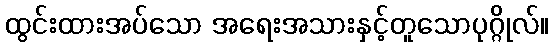
ထွင်းထားအပ်သော အရေးအသားနှင့်တူသောပုဂ္ဂိုလ်။